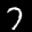
Label: 7